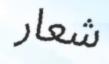
شعار